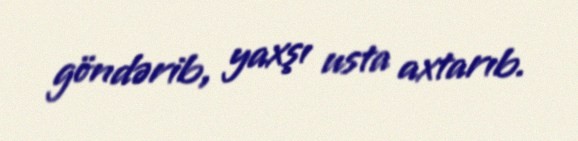
göndərib, yaxşı usta axtarıb.